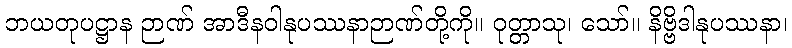
ဘယတုပဋ္ဌာန ဉာဏ် အာဒီနဝါနုပဿနာဉာဏ်တို့ကို။ ဝုတ္တာသု၊ သော်။ နိဗ္ဗိဒါနုပဿနာ၊